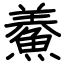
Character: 鯗